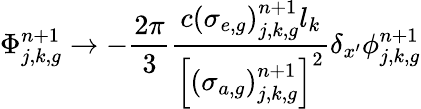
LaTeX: \Phi_{j,k,g}^{n+1}\to-\frac{2\pi}{3}\frac{c\left(\sigma_{e,g}\right)_{j,k,g}^{n+1}l_{k}}{\left[\left(\sigma_{a,g}\right)_{j,k,g}^{n+1}\right]^{2}}\delta_{x^{\prime}}\phi_{j,k,g}^{n+1}